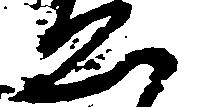
ゑ